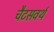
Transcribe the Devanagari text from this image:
चैटसवर्थ